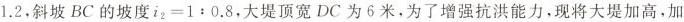
1 . 2$$，斜坡BC的坡度$$i _ { 2 } = 1 ﹔ 0 . 8$$，大堤顶宽DC为6米，为了增强抗洪能力，现将大堤加高，加